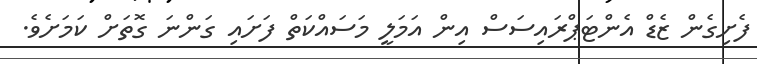
ފެށިގެން ޒެޑް އެންްޓަޕްރައިސަސް އިން އަމަލީ މަސައްކަތް ފަށައި ގަންނަ ގޮތަށް ކަމަށެވެ.